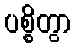
ပစ္စိတွာ